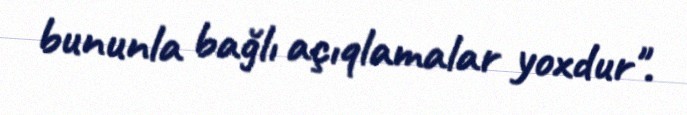
bununla bağlı açıqlamalar yoxdur".